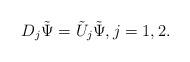
LaTeX: \begin{align*}D_j\tilde{\Psi}=\tilde{U}_j\tilde{\Psi},j=1,2.\end{align*}